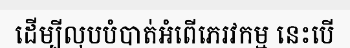
ដើម្បីលុបបំបាត់អំពើភេរវកម្ម នេះបើ